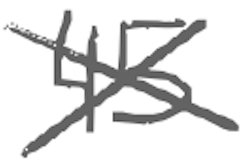
Text: 45
Cross-out: cross
Writing tool: digital_gray